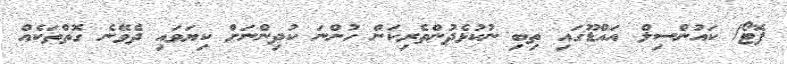
ފޮޓޯ/ ކައުންސިލް އައްޑޫގައި ތިބި ނުކުޅެދުންތެރިކަން ހުންނަ ކުދިންނަށް ކިޔަވައި ދެވޭނެ ގޮތްތަކެއް